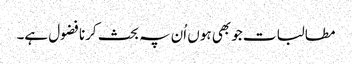
مطالبات جو بھی ہوں اُن پہ بحث کرنا فضول ہے۔